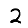
Digit: 2